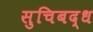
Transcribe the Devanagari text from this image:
सुचिबद्ध